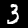
Label: 3